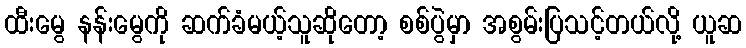
ထီးမွေ နန်းမွေကို ဆက်ခံမယ့်သူဆိုတော့ စစ်ပွဲမှာ အစွမ်းပြသင့်တယ်လို့ ယူဆ